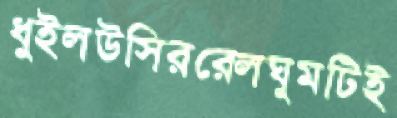
ধুইলউসিররেলঘুমটিই